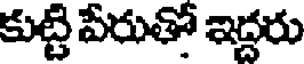
కుట్టి పేరుతో ఇద్దరు